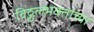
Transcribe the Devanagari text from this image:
विठ्ठलभक्तांच्या